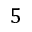
5